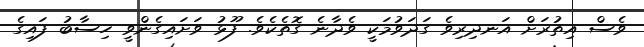
ވެސް އިތުރަށް އަނދިރިވެ ގަދަވުމަކީ ވެދާނެ ގޮތެކެވެ. ފޫޅު ވަށައިގެންވީ ހިސާބު ފައިގެ